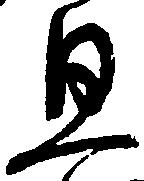
旦